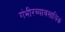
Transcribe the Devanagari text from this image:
गंभीरव्यावसायिक